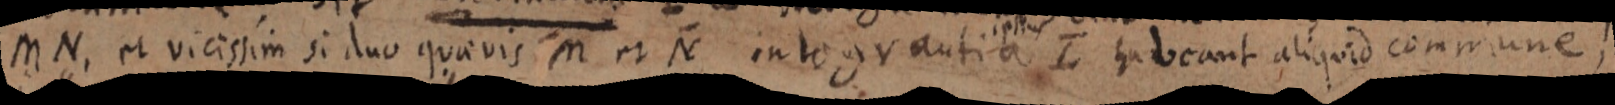
MN, et vicissim si duo quaevis M et N integrantia L habeant aliquid commune,